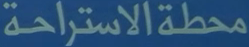
محطة الاستراحة